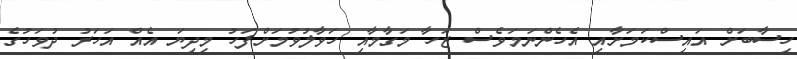
ހިސާބަށް އައިސްކަމަށާއި އެހެންނަމަވެސް ޒަހާ މަގާމާއި ހަވާލުވުމަށްފަހު މިދިޔަ އެއް އަހަރު ދުވަހުގެ